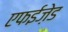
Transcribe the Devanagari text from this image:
एफईज़ेड